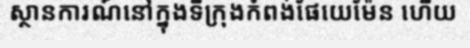
ស្ថានការណ៍នៅក្នុងទីក្រុងកំពង់ផែយេម៉ែន ហើយ